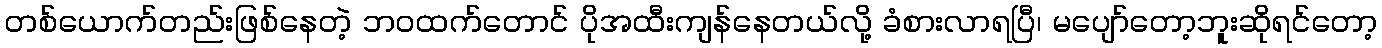
တစ်ယောက်တည်းဖြစ်နေတဲ့ ဘဝထက်တောင် ပိုအထီးကျန်နေတယ်လို့ ခံစားလာရပြီ၊ မပျော်တော့ဘူးဆိုရင်တော့